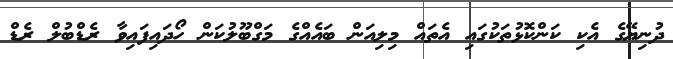
ދުނިޔޭގެ އެކި ކަންކޮޅުތަކުގައި އެތައް މިލިއަން ބައެއްގެ މަގްބޫލުކަން ހޯދައިފައިވާ ރެޑްބުލް ރެޑް